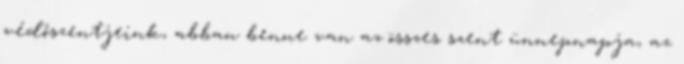
védőszentjeink, abban benne van az összes szent ünnepnapja, az